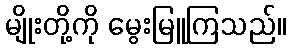
မျိုးတို့ကို မွေးမြူကြသည်။